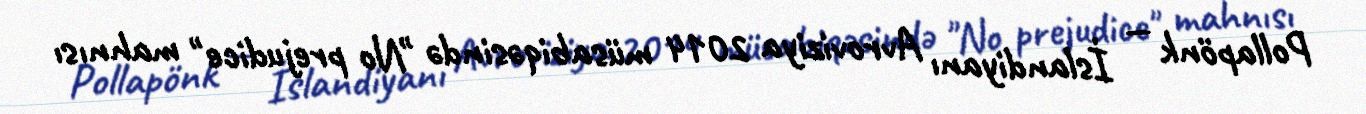
Pollapönk — İslandiyanı Avroviziya 2014 müsabiqəsində "No prejudice" mahnısı